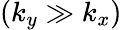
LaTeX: (k_{y}\gg k_{x})